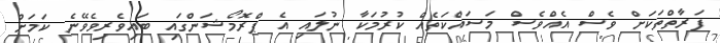
ފަރާތްތަކަށް ވެސް އެއްވެސް މަސައްކަތެއް ކުރުމަކާ ނުލައި އެ ޕްރޮމޯޝަންގައި ބައިވެރިވެވޭނެ ކަމަށް